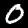
Label: 0